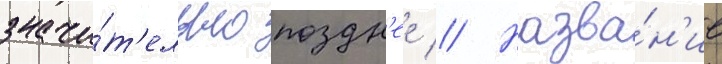
значи́т'ельно поздн'ее // Назва́н'ие